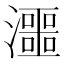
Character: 𱩽